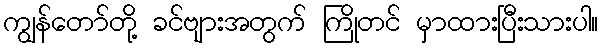
ကျွန်တော်တို့ ခင်ဗျားအတွက် ကြိုတင် မှာထားပြီးသားပါ။